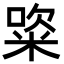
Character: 𥺔